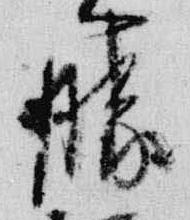
勝